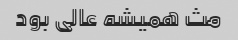
مث همیشه عالی بود